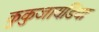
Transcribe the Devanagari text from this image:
कुकुजायडिया